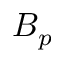
B _ { p }